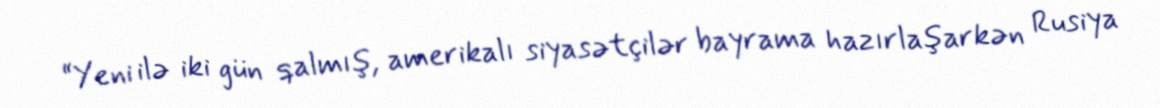
“Yeni ilə iki gün qalmış, amerikalı siyasətçilər bayrama hazırlaşarkən Rusiya